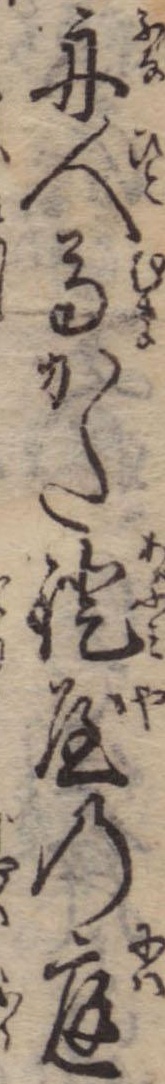
舟人馬かた鐙屋の庭